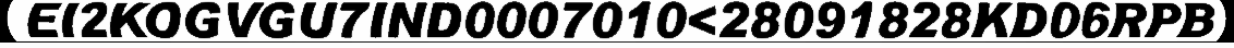
EI2KOGVGU7IND0007010<28091828KD06RPB